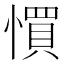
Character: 𢠼